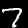
Label: 7